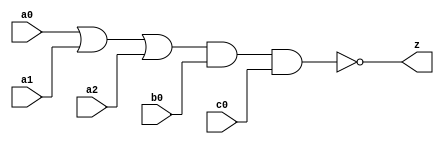
// This program was cloned from: https://github.com/aolofsson/oh
// License: MIT License

//#############################################################################
//# Function: Or-And-Inverter (oai311) Gate                                   #
//# Copyright: OH Project Authors. ALl rights Reserved.                       #
//# License:  MIT (see LICENSE file in OH repository)                         # 
//#############################################################################

module oh_oai311 #(parameter DW = 1 ) // array width
   (
    input [DW-1:0]  a0,
    input [DW-1:0]  a1,
    input [DW-1:0]  a2,
    input [DW-1:0]  b0,
    input [DW-1:0]  c0, 
    output [DW-1:0] z
    );
   
   assign z = ~((a0 | a1 | a2) & b0 & c0);
   
endmodule